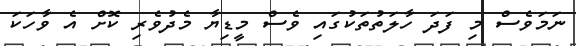
ނަމަވެސް މި ފަދަ ހާލަތުތަކުގައި ވެސް މީޑިޔާ މެދުވެރި ކޮށް އެ ވާހަކަ